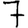
Digit: 7